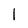
Character: 1